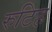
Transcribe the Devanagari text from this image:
रुटिह